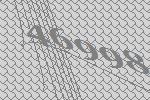
46998